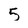
Character: 5